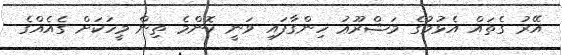
އޭރު ގެތައް އެޅުމުގެ މަޝްރޫޢު ހިންގާފައި ވަނީ ކޮންމެ ތިން މީހަކަށް ގެއެއްގެ